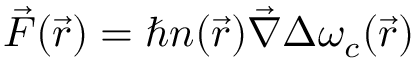
\vec { F } ( \vec { r } ) = \hbar n ( \vec { r } ) \vec { \nabla } \Delta \omega _ { c } ( \vec { r } )